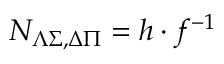
{ \cal N } _ { \Lambda \Sigma , \Delta \Pi } = h \cdot f ^ { - 1 }